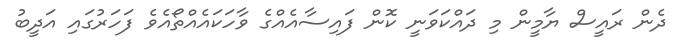
ދެން ރައީސް ޔާމީން މި ދައްކަވަނީ ކޮން ފައިސާއެއްގެ ވާހަކައެއްތޯއެވެ ފަހަރުގައި އަދީބު